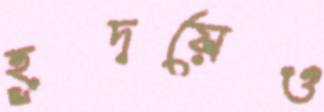
হূদয়েও